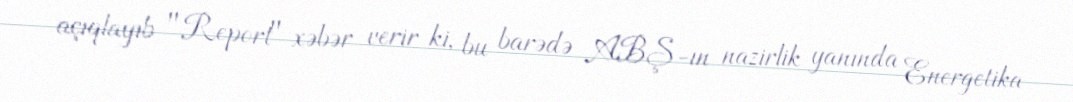
açıqlayıb "Report" xəbər verir ki, bu barədə ABŞ-ın nazirlik yanında Energetika